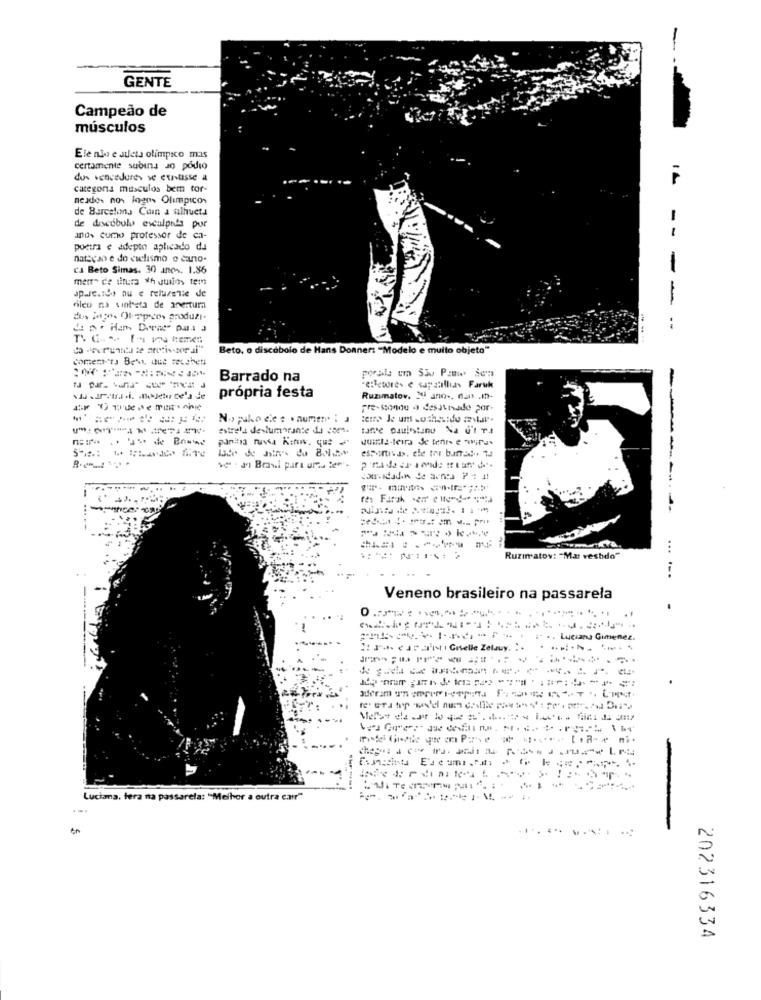
GENTE
Campeão de
musculos
Ele não e atleta olimpico mas
certamente subina ag pódio
dos vencedores se ernotasse a
categoria musculos bem tor-
nexdes nos logos Olimpicos
de Barcelona Coin a silhueta
-
de discobolu esculpais por
and. como professor de ca-
poeira e adepto aplicado da
natscan e do ciclismo o cano-
ca Beto Simas, 30 anos. 1.86
metr" de sinira *h Julios tem
apuesto nu e reluzente de
fileo na vinheta de anertura
dos Mapas Otrapocos produzi-
Beto, o discobolo de Hans Donner: "Modelo e muito objeto"
Comemora Bent, Que reushet
porala um Siv Pauw Semm
Barrado na
própria festa
-etletores e sapstillias Faruk
Ruzmatov, JU Jno -, nao .m-
pre-sonoe a desavnado por-
No puko die : . numero : a
terr> Je um sothatdo well".
estrela deslumbrante da com.
quite-teira de tenis e "wiras
essontisds. ele tri band. 1d
ve - Ji Brasil para urtu Se"".
...
-------
...
Ruzimatov: "Ma veshdo"
Veneno brasileiro na passarela
-
Luciana, fera na passarela: "Melhor a outra car"
....
202316334